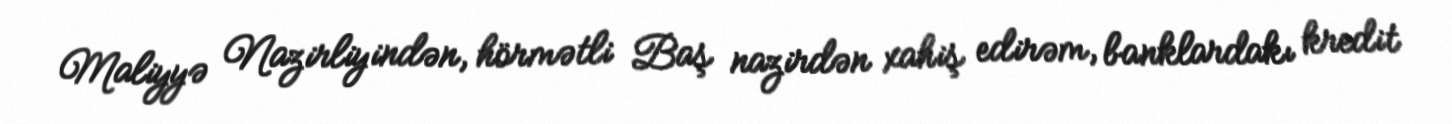
Maliyyə Nazirliyindən, hörmətli Baş nazirdən xahiş edirəm, banklardakı kredit